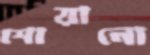
শোয়ানো